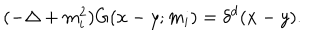
( - \Delta + m _ { i } ^ { 2 } ) G ( x - y ; m _ { i } ) = \delta ^ { d } ( x - y ) .